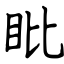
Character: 䀝